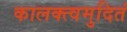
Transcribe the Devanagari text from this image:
कालक्त्वमुदितं